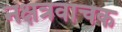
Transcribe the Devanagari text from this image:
नक्षत्रवाचक